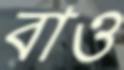
বাও